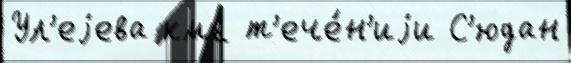
Ул'еjева км2 т'ече́н'иjи С'юдан